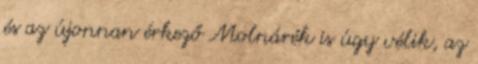
és az újonnan érkező Molnárék is úgy vélik, az